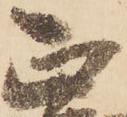
正